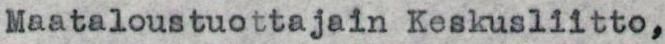
Maataloustuottajain Keskusliitto,